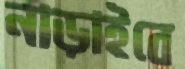
নাড়াইবে